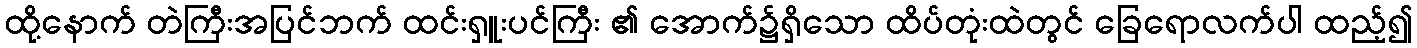
ထို့နောက် တဲကြီးအပြင်ဘက် ထင်းရှူးပင်ကြီး ၏ အောက်၌ရှိသော ထိပ်တုံးထဲတွင် ခြေရောလက်ပါ ထည့်၍